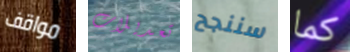
مواقف تعديلات سننجح كما